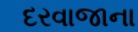
દરવાજાના